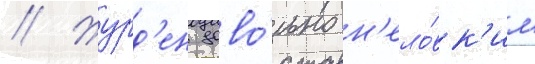
// Журд'ен дово́льно н'ело́вк'им